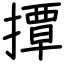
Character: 撢